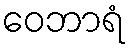
ဝေဘာရံ